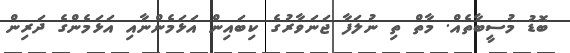
ބޮޑު މުސީބާތެއް. މާތް ތި ނުލަފާ ޖަނަވާރުގެ ކިބައިން އަޅަމެންނާއި އަޅަމެންގެ ދަރިން